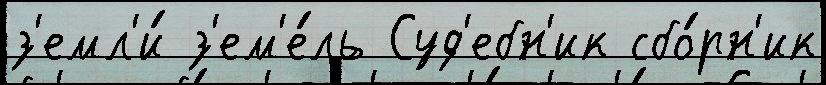
з'емл'и́ з'ем'е́ль Суд'ебн'ик сбо́рн'ик